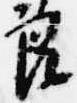
良